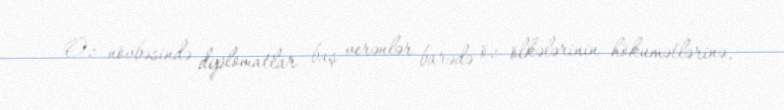
Öz növbəsində diplomatlar baş verənlər barədə öz ölkələrinin hökumətlərinə,